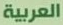
العربية